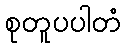
စုတူပပါတံ